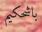
باشحكيم